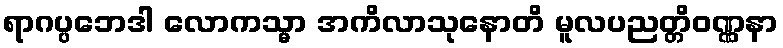
ရာဂပ္ပဘေဒါ လောကသ္မာ အကိလာသုနောတိ မူလပညတ္တိဝဏ္ဏနာ